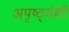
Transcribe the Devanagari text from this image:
अपृष्ठ्वंशी